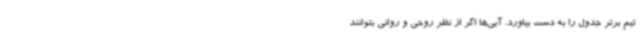
تیم برتر جدول را به دست بیاورد. آبی‌ها اگر از نظر روحی و روانی بتوانند